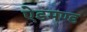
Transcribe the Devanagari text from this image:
ऐडमण्ड